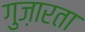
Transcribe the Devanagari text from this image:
गुज़ारता